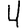
Digit: 4